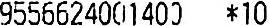
9556624001400 *10